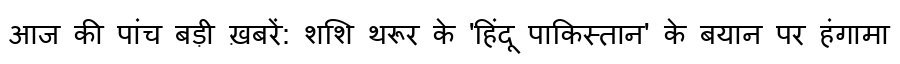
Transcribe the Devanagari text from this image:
आज की पांच बड़ी ख़बरें: शशि थरूर के 'हिंदू पाकिस्तान' के बयान पर हंगामा